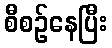
စီစဉ်နေပြီး